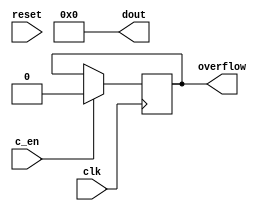
module ritam_counte(output reg [7:0] dout,output reg overflow, input c_en, clk, reset );


initial begin
overflow = 1'b0;
dout = 8'd0;
end
always @(posedge reset)begin
dout = 8'd0;
end

always @(posedge clk)begin
if(c_en) begin
{ overflow, dout} = dout + 8'd1;
end
end

endmodule